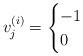
LaTeX: \begin{align*}v_j^{(i)} = \begin{cases} -1 & \\ 0 & \end{cases}\end{align*}